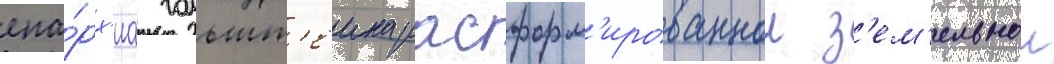
епа́рх'иа гольшт'еина расформ'ированнои з'ем'ельнои